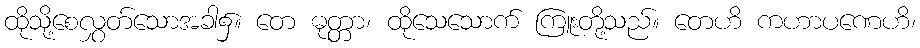
ထိုသို့စေလွှတ်သောအခါ၌။ တေ ဓုတ္တာ၊ ထိုသေသောက် ကြူးတို့သည်။ တေဟိ ကဟာပဏေဟိ၊